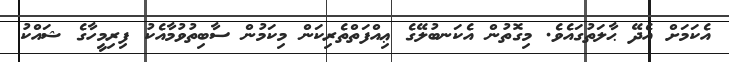
އެކަމަށް އެދޭ ޙާލަތުގައެވެ. މިގޮތުން އެކަނބުލޭގެ ޢިއްފަތްތެރިކަން މިކަމުން ސާބިތުވުމާއެކު ފިރިމީހާގެ ޝައްކު